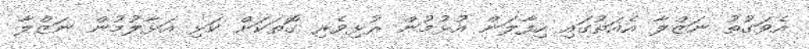
އެވަގުތު ނަޒްލާ އެއަތުގައި ހިފާލަން އުޅުމުން ރުޅިވެރި ގޮތަކަށް ކަޅި އަޅާލުމުން ނަޒްލާ